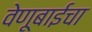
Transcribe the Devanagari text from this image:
वेणूबाईचा